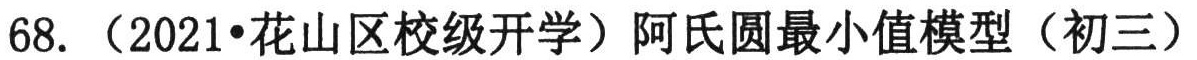
68. （2021•花山区校级开学）阿氏圆最小值模型（初三）